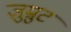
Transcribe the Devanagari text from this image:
ज़ुम्रुट